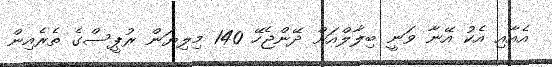
އެއާއި އެކު އޭނާ ވަނީ ބިލާލްއަށް ދޭންޖެހޭ 140 މިލިޔަން ރުޕީސްގެ ތެރެއިން